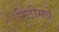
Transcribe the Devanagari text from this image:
मिठीमधे